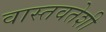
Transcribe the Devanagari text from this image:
वास्तवतेशी